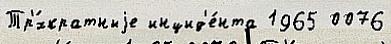
Тр'́хкратныjе инцид'е́нта 1965 0076